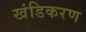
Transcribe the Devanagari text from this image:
खंडिकरण